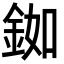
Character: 銣